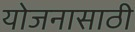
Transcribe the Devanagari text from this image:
योजनासाठी